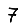
Digit: 7